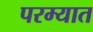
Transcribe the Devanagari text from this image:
परम्यात